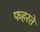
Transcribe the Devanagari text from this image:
फहरते